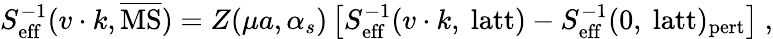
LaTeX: S_{\mathrm{eff}}^{-1}(v\cdot k,\overline{{\mathrm{MS}}})=Z(\mu a,\alpha_{s})\left[S_{\mathrm{eff}}^{-1}(v\cdot k,~\mathrm{latt})-S_{\mathrm{eff}}^{-1}(0,~\mathrm{latt})_{\mathrm{pert}}\right]\ ,